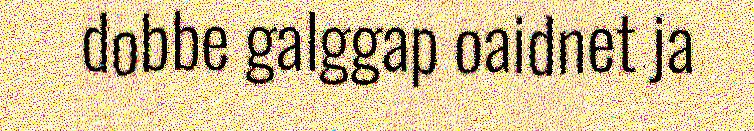
dobbe galggap oaidnet ja